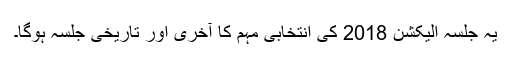
یہ جلسہ الیکشن 2018 کی انتخابی مہم کا آخری اور تاریخی جلسہ ہوگا۔